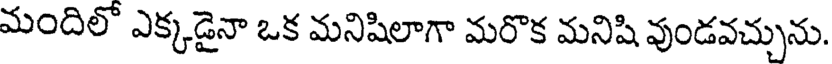
మందిలో ఎక్కడైనా ఒక మనిషిలాగా మరొక మనిషి వుండవచ్చును.